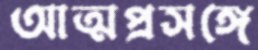
আত্মপ্রসঙ্গে